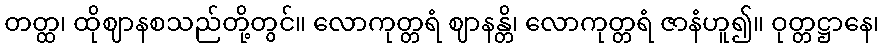
တတ္ထ၊ ထိုဈာနစသည်တို့တွင်။ လောကုတ္တရံ ဈာနန္တိ၊ လောကုတ္တရံ ဇာနံဟူ၍။ ဝုတ္တဋ္ဌာနေ၊